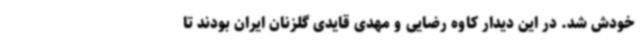
خودش شد. در این دیدار کاوه رضایی و مهدی قایدی گلزنان ایران بودند تا